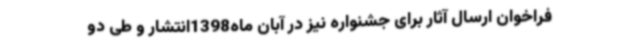
فراخوان ارسال آثار برای جشنواره نیز در آبان ماه1398انتشار و طی دو